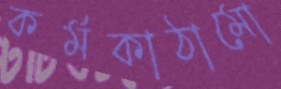
কর্মকাঠামো